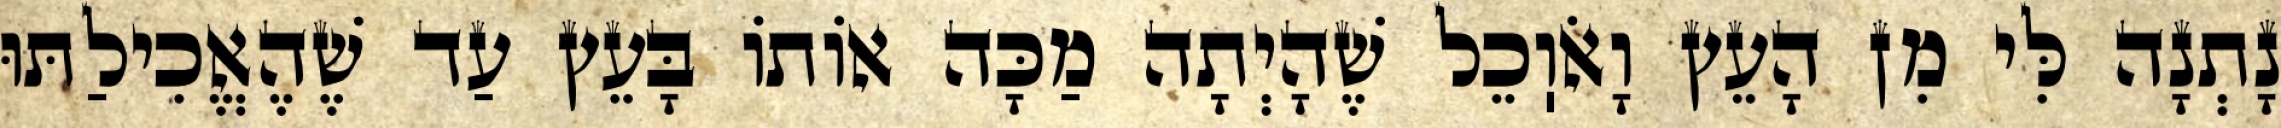
נָתְנָה לִּי מִן הָעֵץ וָאֹוֽכֵל שֶׁהָיְתָה מַכָּה אוֹתוֹ בָּעֵץ עַד שֶׁהֶאֱכִילַתּוּ